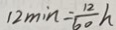
1 2 \min = \frac { 1 2 } { 6 0 } h